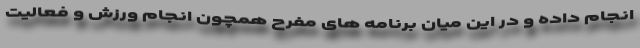
انجام داده و در این میان برنامه های مفرح همچون انجام ورزش و فعالیت